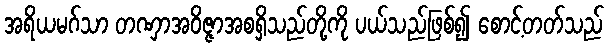
အရိယမဂ်သာ တဏှာအဝိဇ္ဇာအစရှိသည်တို့ကို ပယ်သည်ဖြစ်၍ စောင့်တတ်သည်